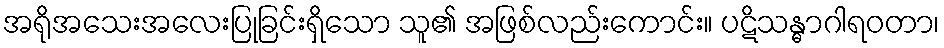
အရိုအသေးအလေးပြုခြင်းရှိသော သူ၏ အဖြစ်လည်းကောင်း။ ပဋိသန္ဓာဂါရဝတာ၊